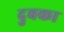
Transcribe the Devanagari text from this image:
दुबका